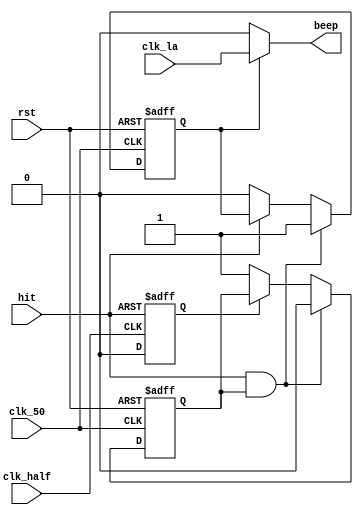
module buzzer(clk_la,clk_50,clk_half,hit,rst,beep);//
	input clk_la,clk_50,clk_half,hit,rst;
	output beep;
	reg en,hit_tmp,flag;
	always@(posedge clk_half or posedge hit)	//hit
	begin
		if(hit) hit_tmp=1;
		else hit_tmp=0;
	end
	always@(posedge clk_50 or posedge rst)
	begin
		if(rst)
		begin
			flag=1;                             //flag=1en
			en=0;
		end
		else if((hit==1)&&(flag==1)==1)			//
		begin
			en=1;                               //
			flag=0;
		end
		else begin
			if(hit_tmp==0) flag=1;					//(hit_tmp=0)flag=1
			else flag=flag;                     //flag0
			if(hit==0) en=0;                    //(hit=0)en=0flagen1
			else en=en;                         //
		end
	end

	assign beep=en?clk_la:0;
endmodule